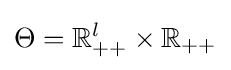
\Theta =\mathbb {R} _{++}^{l}\times \mathbb {R} _{++}